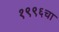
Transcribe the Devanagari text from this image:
१९९६चा